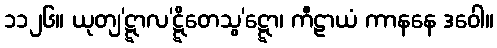
၁၁၂၆။ ယုတျ’ဋ္ဋာလ’ဋ္ဋိတေသွ’ဋ္ဋော၊ ကီဠာယံ ကာနနေ ဒဝေါ။